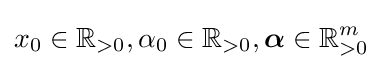
x_{0}\in \mathbb {R} _{>0},\alpha _{0}\in \mathbb {R} _{>0},{\boldsymbol {\alpha }}\in \mathbb {R} _{>0}^{m}